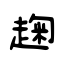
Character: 趜